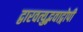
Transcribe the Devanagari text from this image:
द्वारवत्युद्भवाद्गोपी